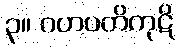
၃။ ဂဟပတိကုဋိ